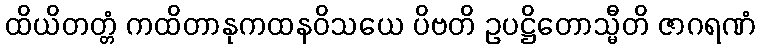
ထိယိတတ္တံ ကထိတာနုကထနဝိသယေ ပိဗတိ ဥပဋ္ဌိတောသ္မီတိ ဇာဂရဏံ